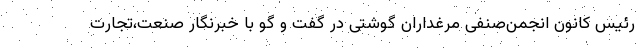
رئیس کانون انجمن‌صنفی مرغداران گوشتی در گفت و گو با خبرنگار صنعت،تجارت